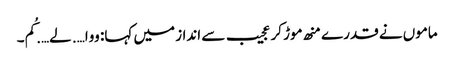
ماموں نے قدرے منھ موڑ کر عجیب سے انداز میں کہا: ووا…. لے…. کُم۔